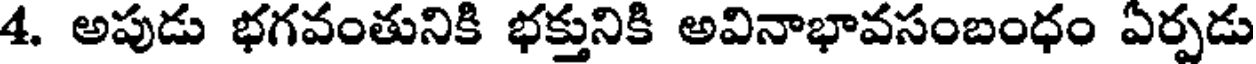
4. అపుడు భగవంతునికి భక్తునికి అవినాభావసంబంధం ఏర్పడు